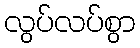
လွပ်လပ်စွာ